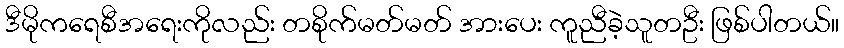
ဒီမိုကရေစီအရေးကိုလည်း တစိုက်မတ်မတ် အားပေး ကူညီခဲ့သူတဦး ဖြစ်ပါတယ်။